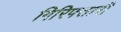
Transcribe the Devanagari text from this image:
गिरिफ्तारी